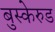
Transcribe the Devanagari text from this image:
बुस्केरुड